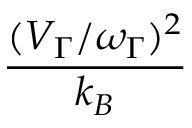
\frac { ( V _ { \Gamma } / \omega _ { \Gamma } ) ^ { 2 } } { k _ { B } }